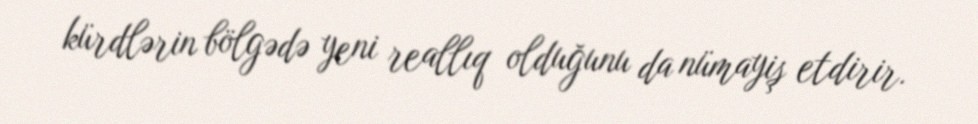
kürdlərin bölgədə yeni reallıq olduğunu da nümayiş etdirir.